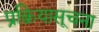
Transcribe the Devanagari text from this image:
प्रक्रियासूचना